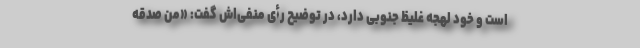
است و خود لهجه غلیظ جنوبی دارد، در توضیح رأی منفی‌اش گفت: «من صدقه